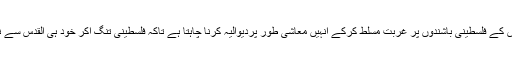
ان کا کہنا تھا کہ اسرائیل ایک سازش کے تحت القدس کے فلسطینی باشندوں پر غربت مسلط کرکے انہیں معاشی طور پردیوالیہ کرنا چاہتا ہے تاکہ فلسطینی تنگ آکر خود ہی القدس سے نکل جائیں اور پورا شہر دشمن کے تسلط میں آجائے۔